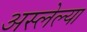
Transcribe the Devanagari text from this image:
अस्लेल्या